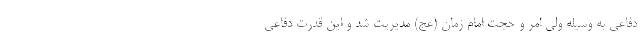
دفاعی به وسیله ولی امر و حجت امام زمان (عج) مدیریت شد و این قدرت دفاعی